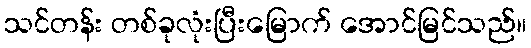
သင်တန်း တစ်ခုလုံးပြီးမြောက် အောင်မြင်သည်။